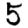
Digit: 5